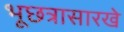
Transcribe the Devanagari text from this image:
भूछत्रासारखे